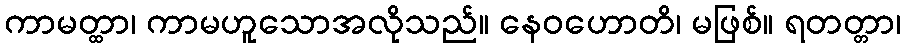
ကာမတ္ထာ၊ ကာမဟူသောအလိုသည်။ နေဝဟောတိ၊ မဖြစ်။ ရတတ္တာ၊